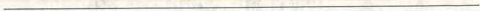
___